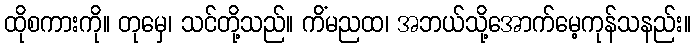
ထိုစကားကို။ တုမှေ၊ သင်တို့သည်။ ကိံမညထ၊ အဘယ်သို့အောက်မေ့ကုန်သနည်း။